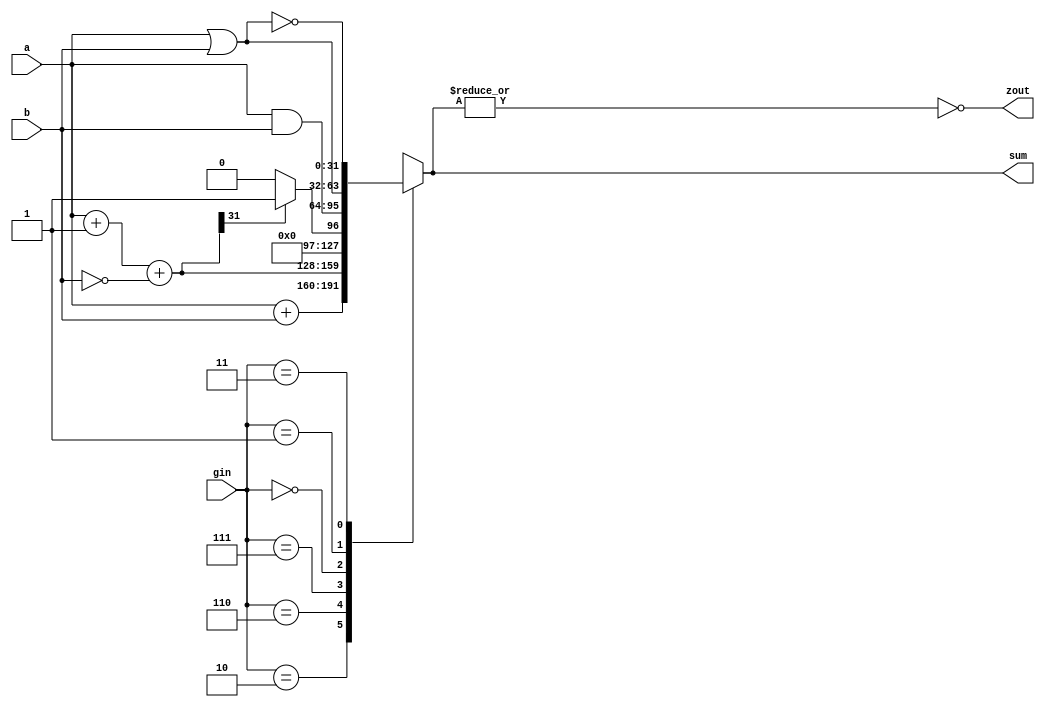
module alu32(sum,a,b,zout,gin);//ALU operation according to the ALU control line values
output [31:0] sum;
input [31:0] a,b; 
input [2:0] gin;//ALU control line
reg [31:0] sum;
reg [31:0] less;
output zout;
reg zout;
always @(a or b or gin)
begin
	case(gin)
	3'b010: sum=a+b; 		//ALU control line=010, ADD
	3'b110: sum=a+1+(~b);	//ALU control line=110, SUB
	3'b111: begin less=a+1+(~b);	//ALU control line=111, set on less than
			if (less[31]) sum=1;	
			else sum=0;
		  end
	3'b000: sum=a & b;	//ALU control line=000, AND
	3'b001: sum=a|b;		//ALU control line=001, OR
	3'b011: sum=~(a|b);		//ALU control line=011, NOR
	default: sum=31'bx;	
	endcase
zout=~(|sum);
end
endmodule